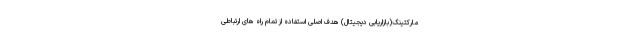
مارکتینگ(بازاریابی دیجیتال) هدف اصلی استفاده از تمام راه های ارتباطی